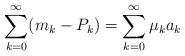
LaTeX: \begin{align*}\sum_{k=0}^\infty(m_k-P_k)=\sum_{k=0}^\infty\mu_ka_k\end{align*}